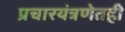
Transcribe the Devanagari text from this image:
प्रचारयंत्रणेतही